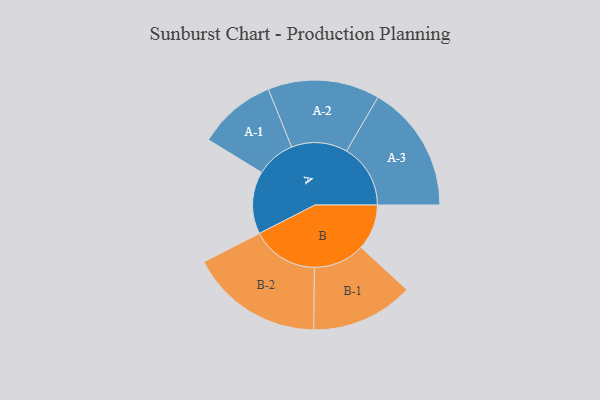
{"axis": {"x": "Segment", "y": "Value"}, "legend": ["", "A", "B"], "data": [{"x": "A", "y": 243, "type": ""}, {"x": "B", "y": 177, "type": ""}, {"x": "A-1", "y": 152, "type": "A"}, {"x": "A-2", "y": 217, "type": "A"}, {"x": "A-3", "y": 248, "type": "A"}, {"x": "B-1", "y": 199, "type": "B"}, {"x": "B-2", "y": 259, "type": "B"}]}